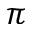
\pi